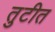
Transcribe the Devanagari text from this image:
तुटीत